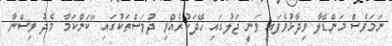
ނަމަވެސް މަންޑޭލާ ވިދާޅުވެފައި ވަނީ ޖަލުގައި ހޭދަކުރެއްވި ދުވަސްތަކުގައި "ކަންކަމާ މެދު ވިސްނާ